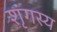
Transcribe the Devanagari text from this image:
शृंगस्य